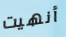
أنهيت